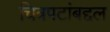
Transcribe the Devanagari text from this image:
चित्रपटांबद्दल